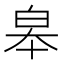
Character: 皋